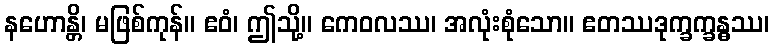
နဟောန္တိ၊ မဖြစ်ကုန်။ ဧဝံ၊ ဤသို့။ ကေဝလဿ၊ အလုံးစုံသော။ ဧတဿဒုက္ခက္ခန္ဓဿ၊